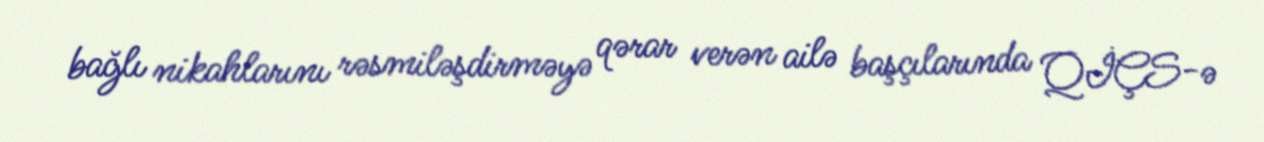
bağlı nikahlarını rəsmiləşdirməyə qərar verən ailə başçılarında QİÇS-ə